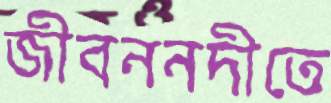
জীবননদীতে